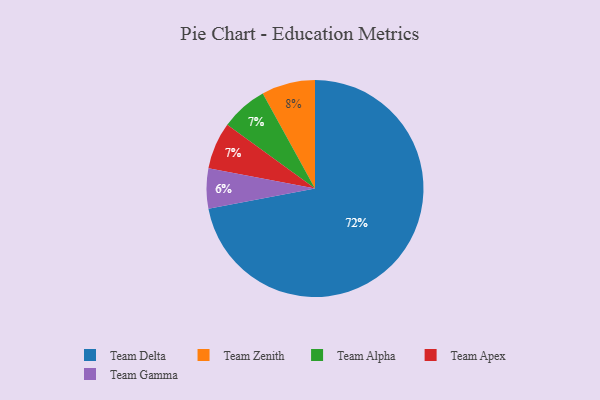
{"axis": {"x": "Category", "y": "Percentage"}, "legend": ["Team Alpha", "Team Apex", "Team Delta", "Team Gamma", "Team Zenith"], "data": [{"x": "Team Alpha", "y": 7, "type": "Team Alpha"}, {"x": "Team Apex", "y": 7, "type": "Team Apex"}, {"x": "Team Delta", "y": 72, "type": "Team Delta"}, {"x": "Team Zenith", "y": 8, "type": "Team Zenith"}, {"x": "Team Gamma", "y": 6, "type": "Team Gamma"}]}